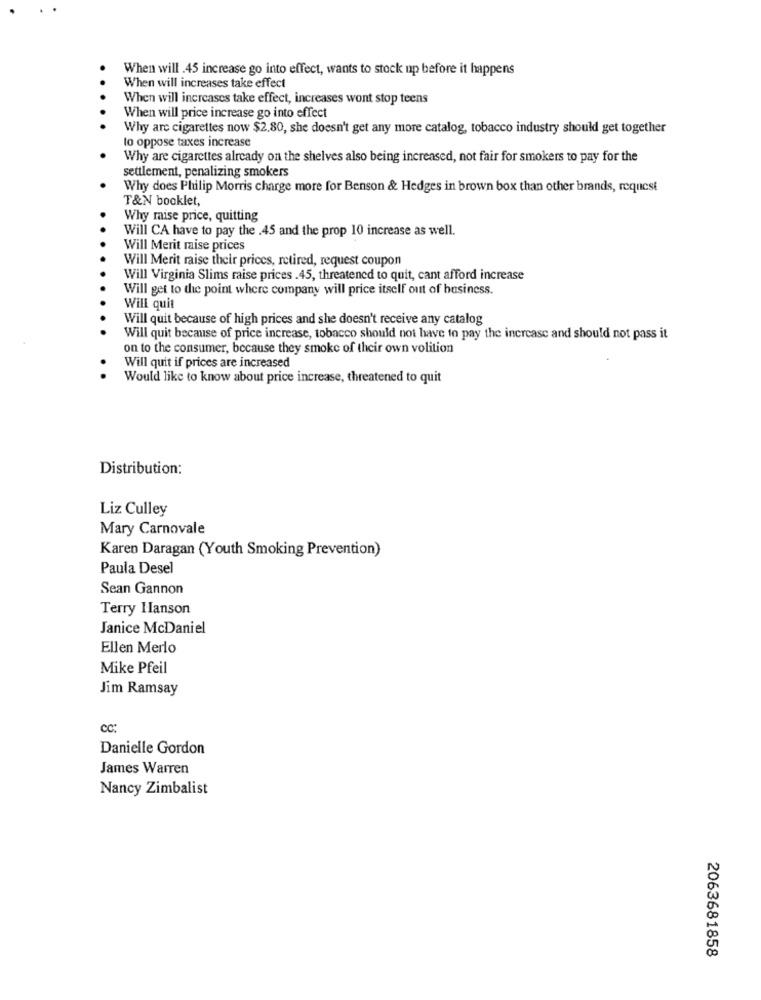
When will .45 increase go into effect, wants to stock up before it happens
When will increases take effect
When will increases take effect, increases wont stop teens
When will price increase go into effect
Why are cigarettes now $2.80, she doesn't get any more catalog, tobacco industry should get together
to oppose taxes increase
Why are cigarettes already on the shelves also being increased, not fair for smokers to pay for the
settlement, penalizing smokers
Why does Philip Morris charge more for Benson & Hedges in brown box than other brands, request
T&N booklet,
Why maise price, quitting
Will CA have to pay the .45 and the prop 10 increase as well.
Will Merit raise prices
Will Merit raise their prices, retired, request coupon
Will Virginia Slims raise prices .45, threatened to quit, cant afford increase
Will get to the point where company will price itself out of business.
Will quit
Will quit because of high prices and she doesn't receive any catalog
Will quit because of price increase, tobacco should not have to pay the increase and should not pass it
on to the consumer, because they smoke of their own volition
Will quit if prices are increased
Would like to know about price increase, threatened to quit
Distribution:
Liz Culley
Mary Carnovale
Karen Daragan (Youth Smoking Prevention)
Paula Desel
Sean Gannon
Terry Hanson
Janice McDaniel
Ellen Merlo
Mike Pfeil
Jim Ramsay
CC:
Danielle Gordon
James Warren
Nancy Zimbalist
2063681858